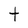
Character: t